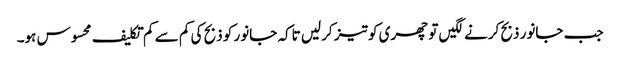
جب جانور ذبح کرنے لگیں تو چھری کو تیز کرلیں تاکہ جانور کو ذبح کی کم سے کم تکلیف محسوس ہو۔